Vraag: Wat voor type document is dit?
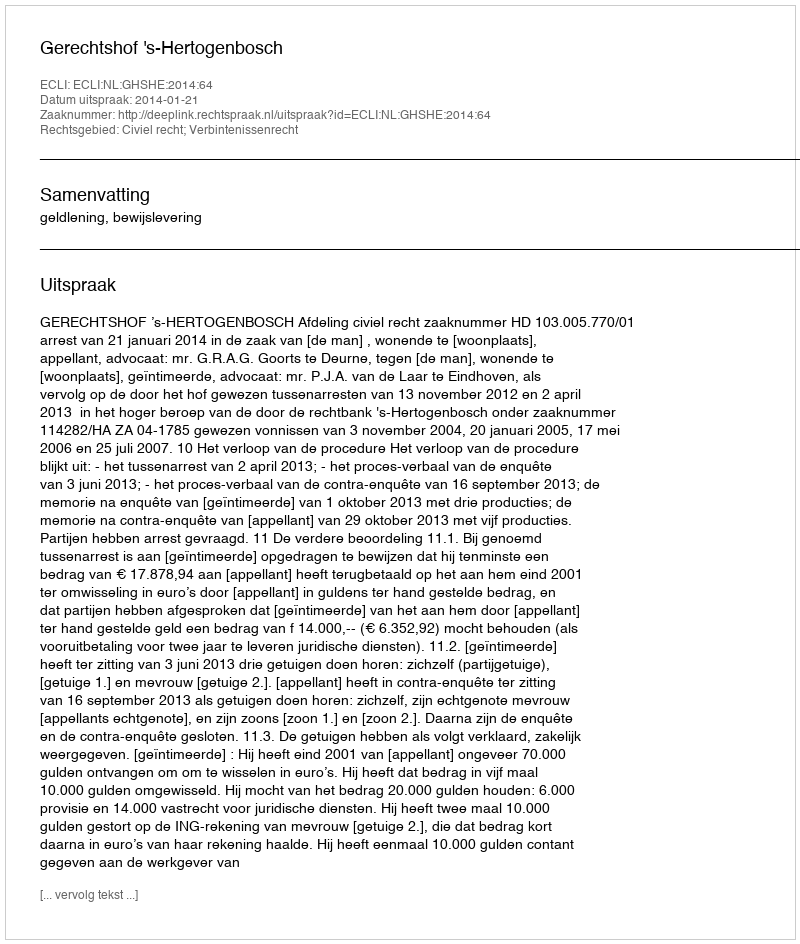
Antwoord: Uitspraak